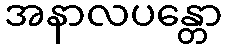
အနာလပန္တော